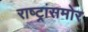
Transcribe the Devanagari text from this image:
राष्ट्रांसमोर